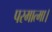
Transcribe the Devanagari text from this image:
परमात्मा।